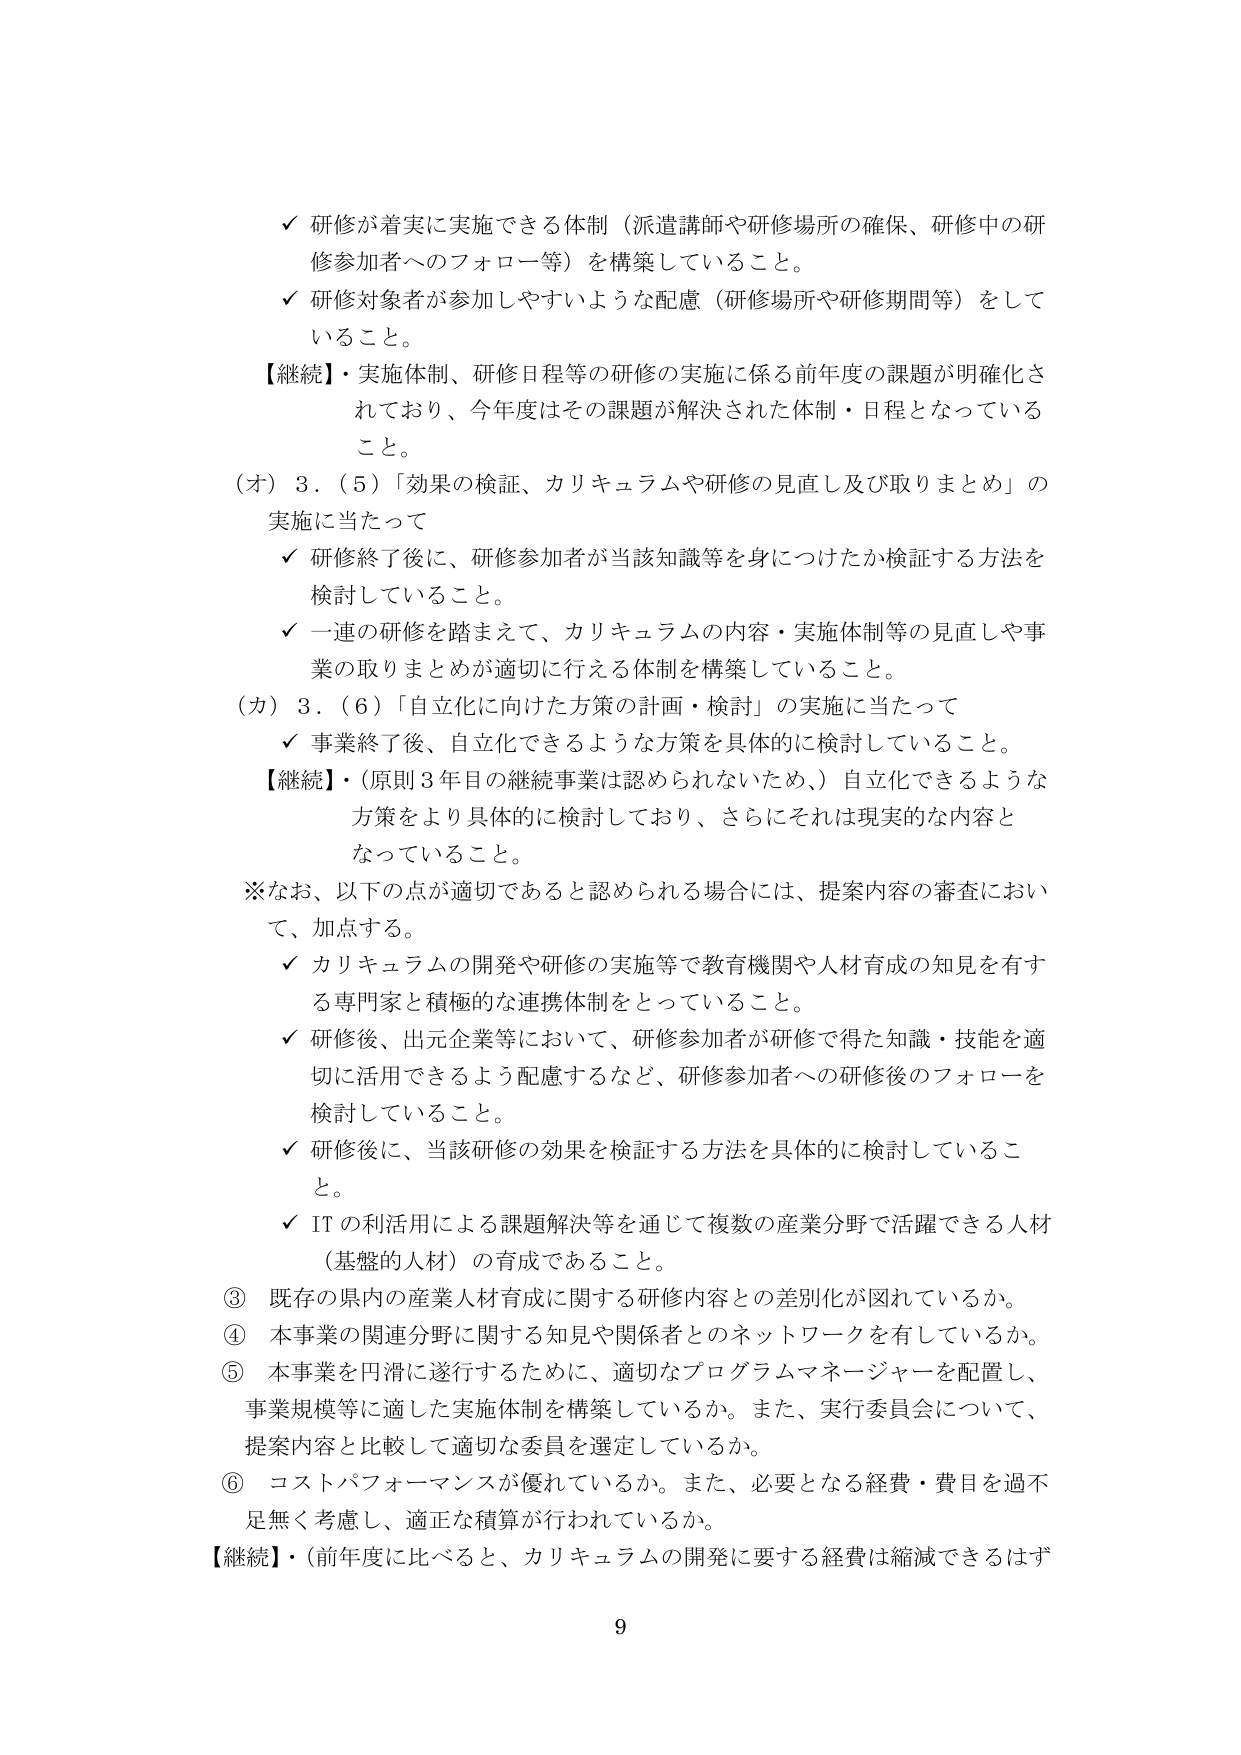
✓ 研修が着実に実施できる体制（派遣講師や研修場所の確保、研修中の研修参加者へのフォロー等）を構築していること。
✓ 研修対象者が参加しやすいような配慮（研修場所や研修期間等）をしていること。
【継続】・実施体制、研修日程等の研修の実施に係る前年度の課題が明確化されており、今年度はその課題が解決された体制・日程となっていること。
（オ）3．（5）「効果の検証、カリキュラムや研修の見直し及び取りまとめ」の実施に当たって
✓ 研修終了後に、研修参加者が当該知識等を身につけたか検証する方法を検討していること。
✓ 一連の研修を踏まえて、カリキュラムの内容・実施体制等の見直しや事業の取りまとめが適切に行える体制を構築していること。
（カ）3．（6）「自立化に向けた方策の計画・検討」の実施に当たって
✓ 事業終了後、自立化できるような方策を具体的に検討していること。
【継続】・（原則3年目の継続事業は認められないため。）自立化できるような方策をより具体的に検討しており、さらにそれは現実的な内容となっていること。
※なお、以下の点が適切であると認められる場合には、提案内容の審査において、加点する。
✓ カリキュラムの開発や研修の実施等で教育機関や人材育成の知見を有する専門家と積極的な連携体制をとっていること。
✓ 研修後、出元企業等において、研修参加者が研修で得た知識・技能を適切に活用できるよう配慮するなど、研修参加者への研修後のフォローを検討していること。
✓ 研修後に、当該研修の効果を検証する方法を具体的に検討していること。
✓ ITの利活用による課題解決等を通じて複数の産業分野で活躍できる人材（基盤的人材）の育成であること。
③ 既存の県内の産業人材育成に関する研修内容との差別化が図れているか。
④ 本事業の関連分野に関する知見や関係者とのネットワークを有しているか。
⑤ 本事業を円滑に遂行するために、適切なプログラムマネージャーを配置し、事業規模等に適した実施体制を構築しているか。また、実行委員会について、提案内容と比較して適切な委員を選定しているか。
⑥ コストパフォーマンスが優れているか。また、必要となる経費・費目を過不足なく考慮し、適正な積算が行われているか。
【継続】・（前年度に比べると、カリキュラムの開発に要する経費は縮減できるはず
9